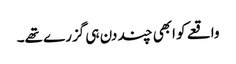
واقعے کو ابھی چند دن ہی گزرے تھے۔